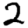
Digit: 2